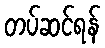
တပ်ဆင်ရန်